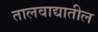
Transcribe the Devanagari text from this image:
तालवाद्यातील